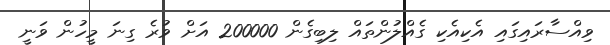
ވިއްސާރައިގައި އެކިއެކި ގެއްލުންތައް ލިބިގެން 200000 އަށް ވުރެ ގިނަ މީހުން ވަނީ